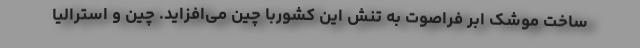
ساخت موشک ابر فراصوت به تنش‌ این کشوربا چین می‌افزاید. چین و استرالیا